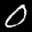
Label: 0